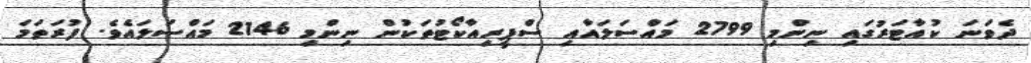
ދެވަނަ ކުއާޓަރުގައި ނިންމި 2799 މައްސަލައާއި ސްޕީރިއާކޯޓުތަކުން ނިންމި 2146 މައްސަލައެވެ. ފުރަތަމަ